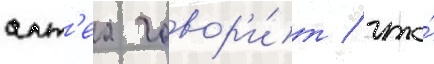
алт'еа говор'и́т / что́